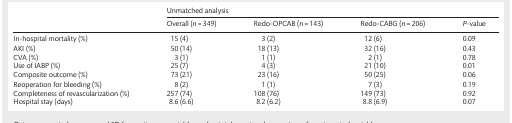
|  | <COLSPAN=4> Unmatched analysis |
 |  | Overall (n = 349) | Redo-OPCAB (n = 143) | Redo-CABG (n = 206) | P-value |
 | --- | --- | --- | --- | --- |
 | In-hospital mortality (%) | 15 (4) | 3 (2) | 12 (6) | 0.09 |
 | AKI (%) | 50 (14) | 18 (13) | 32 (16) | 0.43 |
 | CVA (%) | 3 (1) | 1 (1) | 2 (1) | 0.78 |
 | Use of IABP (%) | 25 (7) | 4 (3) | 21 (10) | 0.01 |
 | Composite outcome (%) | 73 (21) | 23 (16) | 50 (25) | 0.06 |
 | Reoperation for bleeding (%) | 8 (2) | 1 (1) | 7 (3) | 0.19 |
 | Completeness of revascularization (%) | 257 (74) | 108 (76) | 149 (73) | 0.92 |
 | Hospital stay (days) | 8.6 (6.6) | 8.2 (6.2) | 8.8 (6.9) | 0.07 |